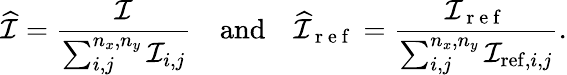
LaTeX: \widehat{\mathcal{I}}=\frac{\mathcal{I}}{\sum_{i,j}^{n_{x},n_{y}}\mathcal{I}_{i,j}}\quad\mathrm{and}\quad\widehat{\mathcal{I}}_{\mathrm{~r~e~f~}}=\frac{\mathcal{I}_{\mathrm{~r~e~f~}}}{\sum_{i,j}^{n_{x},n_{y}}\mathcal{I}_{\mathrm{ref},i,j}}.